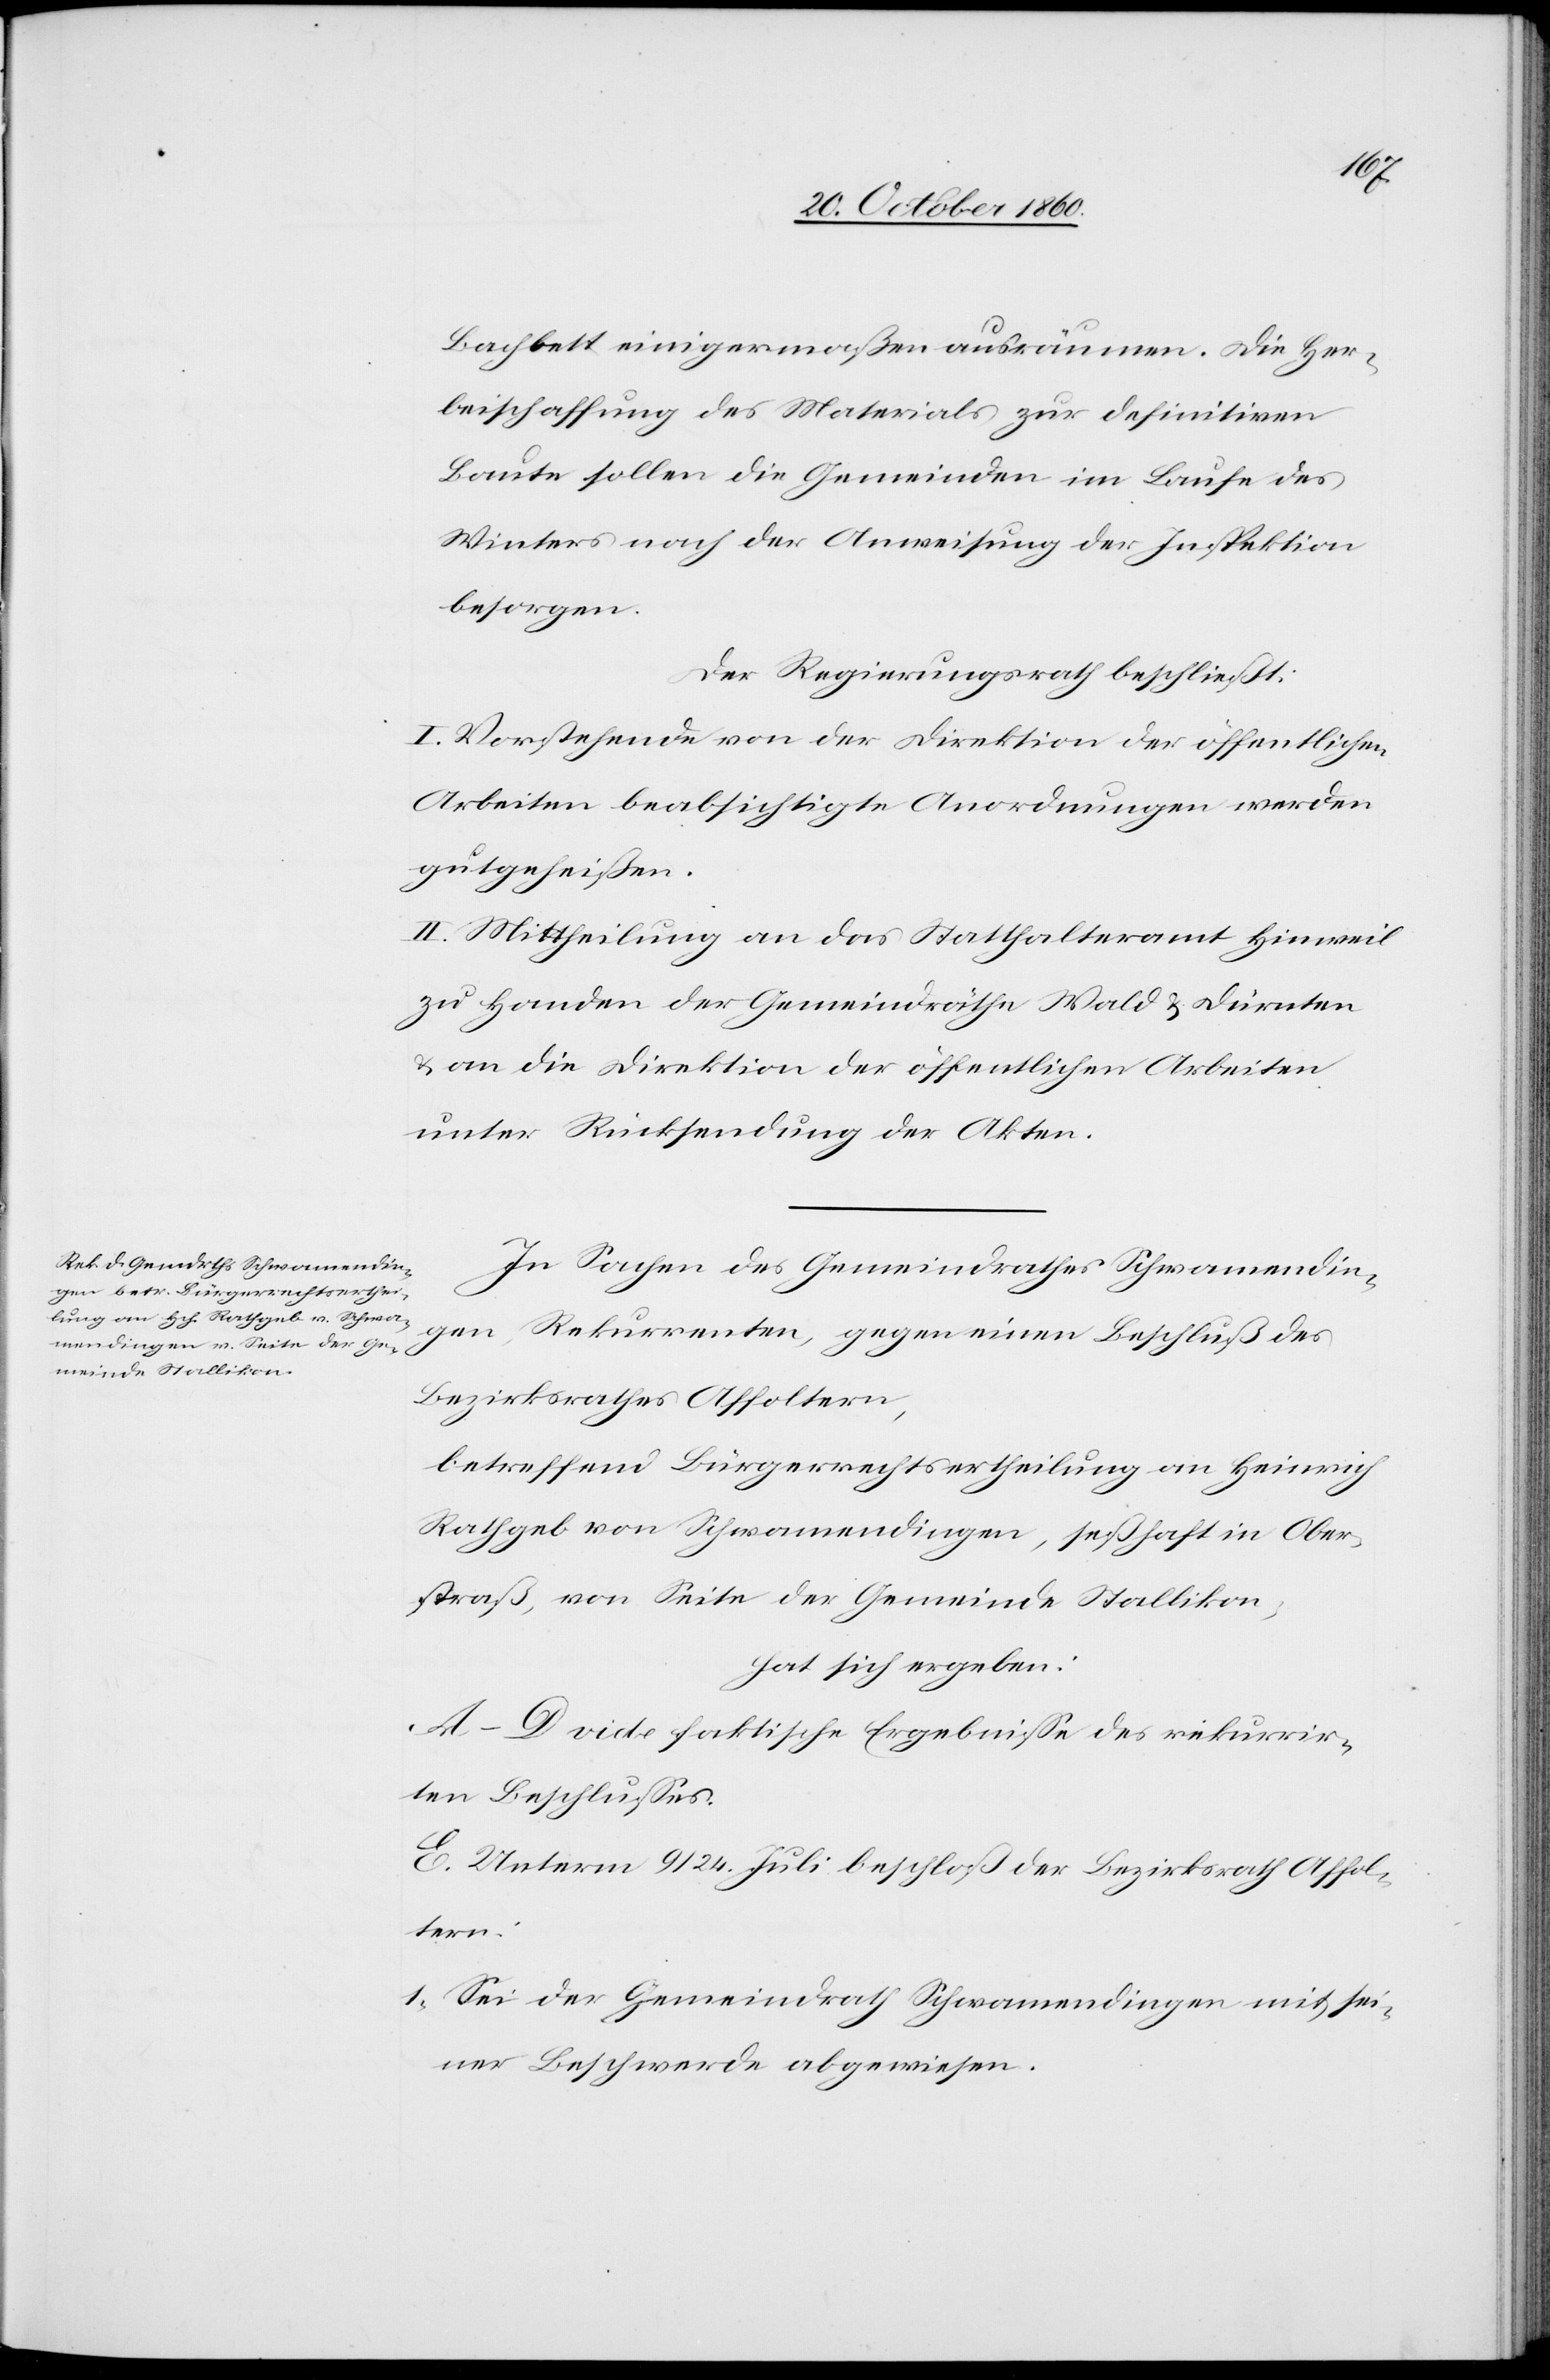
Bachbett einigermaßen ausräumen. Die Her¬
beischaffung des Materials zur definitiven
Baute sollen die Gemeinden im Laufe des
Winters nach der Anweisung der Inspektion
besorgen.
Der Regierungsrath beschließt:
I. Vorstehende von der Direktion der öffentlichen
Arbeiten beabsichtigte Anordnungen werden
gutgeheißen.
II. Mittheilung an das Statthalteramt Hinweil
zu Handen der Gemeindräthe Wald u. Dürnten
u. an die Direktion der öffentlichen Arbeiten
unter Rücksendung der Akten.
In Sachen des Gemeindrathes Schwamendin¬
gen, Rekurrenten, gegen einen Beschluß des
Bezirksrathes Affoltern,
betreffend Bürgerrechtsertheilung an Heinrich
Rathgeb von Schwamendingen, seßhaft in Ober¬
straß, von Seite der Gemeinde Stallikon,
hat sich ergeben:
A–D vide faktische Ergebnisse des rekurrir¬
ten Beschlusses.
E. Unterm 9./24. Juli beschloß der Bezirksrath Affol¬
tern:
1. Sei der Gemeindrath Schwamendingen mit sei¬
ner Beschwerde abgewiesen.